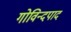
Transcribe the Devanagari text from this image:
गोविन्दपाद